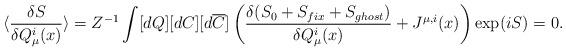
LaTeX: \begin{align*}\langle\frac{\delta S}{\delta Q_{\mu}^i(x)}\rangle=Z^{-1}\int [dQ][dC][d\overline{C}]\left(\frac{\delta (S_0+S_{fix}+S_{ghost})}{\delta Q_{\mu}^i(x)}+J^{\mu ,i}(x)\right)\exp (iS)=0.\end{align*}